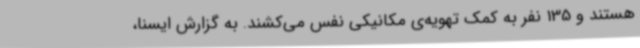
هستند و 135 نفر به کمک تهویه‌ی مکانیکی نفس می‌کشند. به گزارش ایسنا،